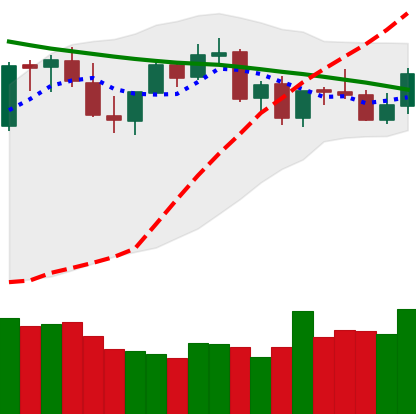
Ticker: LTC-USD
Chart end date: 2021-09-01
Forward return: 21.304%
Label: up_7plus